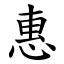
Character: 惠